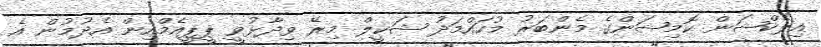
އިލެކްޝަން ކޮމިޝަންގެ މެންބަރު މުހައްމަދު ޝަކީލް މިރޭ ވިދާޅުވީ ޕީޕީއެމްއިން އެދުމުން އެ